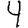
Digit: 4